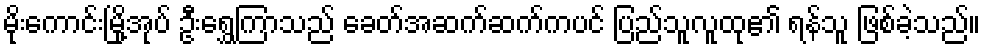
မိုးကောင်းမြို့အုပ် ဦးရွှေကြာသည် ခေတ်အဆက်ဆက်ကပင် ပြည်သူလူထု၏ ရန်သူ ဖြစ်ခဲ့သည်။